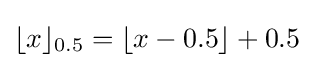
\lfloor x\rfloor _{0.5}=\lfloor x-0.5\rfloor +0.5